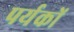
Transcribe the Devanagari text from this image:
पर्यकों